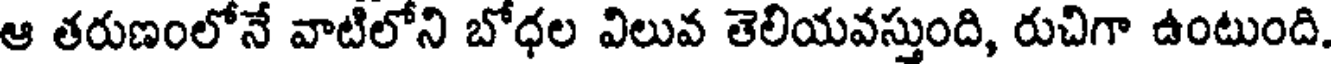
ఆ తరుణంలోనే వాటిలోని బోధల విలువ తెలియవస్తుంది, రుచిగా ఉంటుంది.